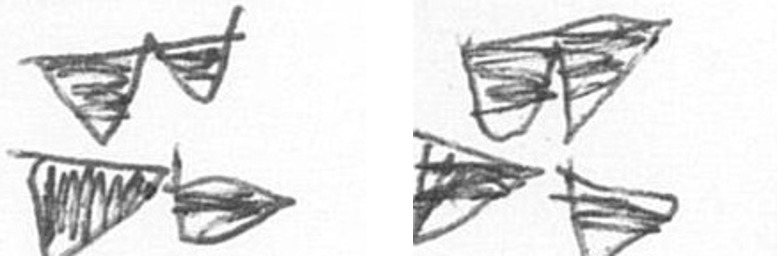
B B